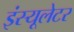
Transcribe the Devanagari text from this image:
इंस्यूलेटर